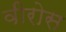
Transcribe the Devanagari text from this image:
वीरोस